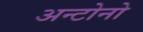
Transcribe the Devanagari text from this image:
अन्टोनो